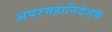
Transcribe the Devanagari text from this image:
अपरमहानिदेशक